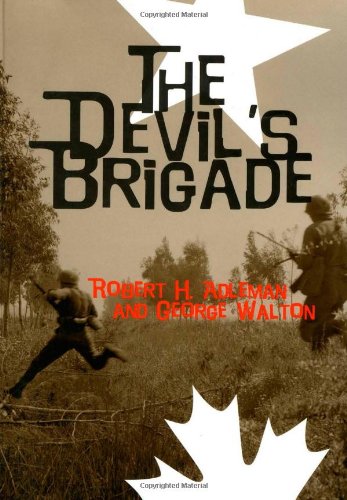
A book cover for Devil's Brigade; Robert Aldeman; History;